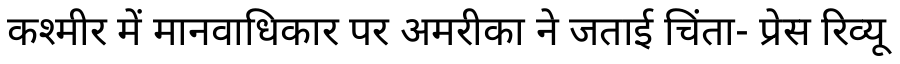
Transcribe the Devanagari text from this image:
कश्मीर में मानवाधिकार पर अमरीका ने जताई चिंता- प्रेस रिव्यू